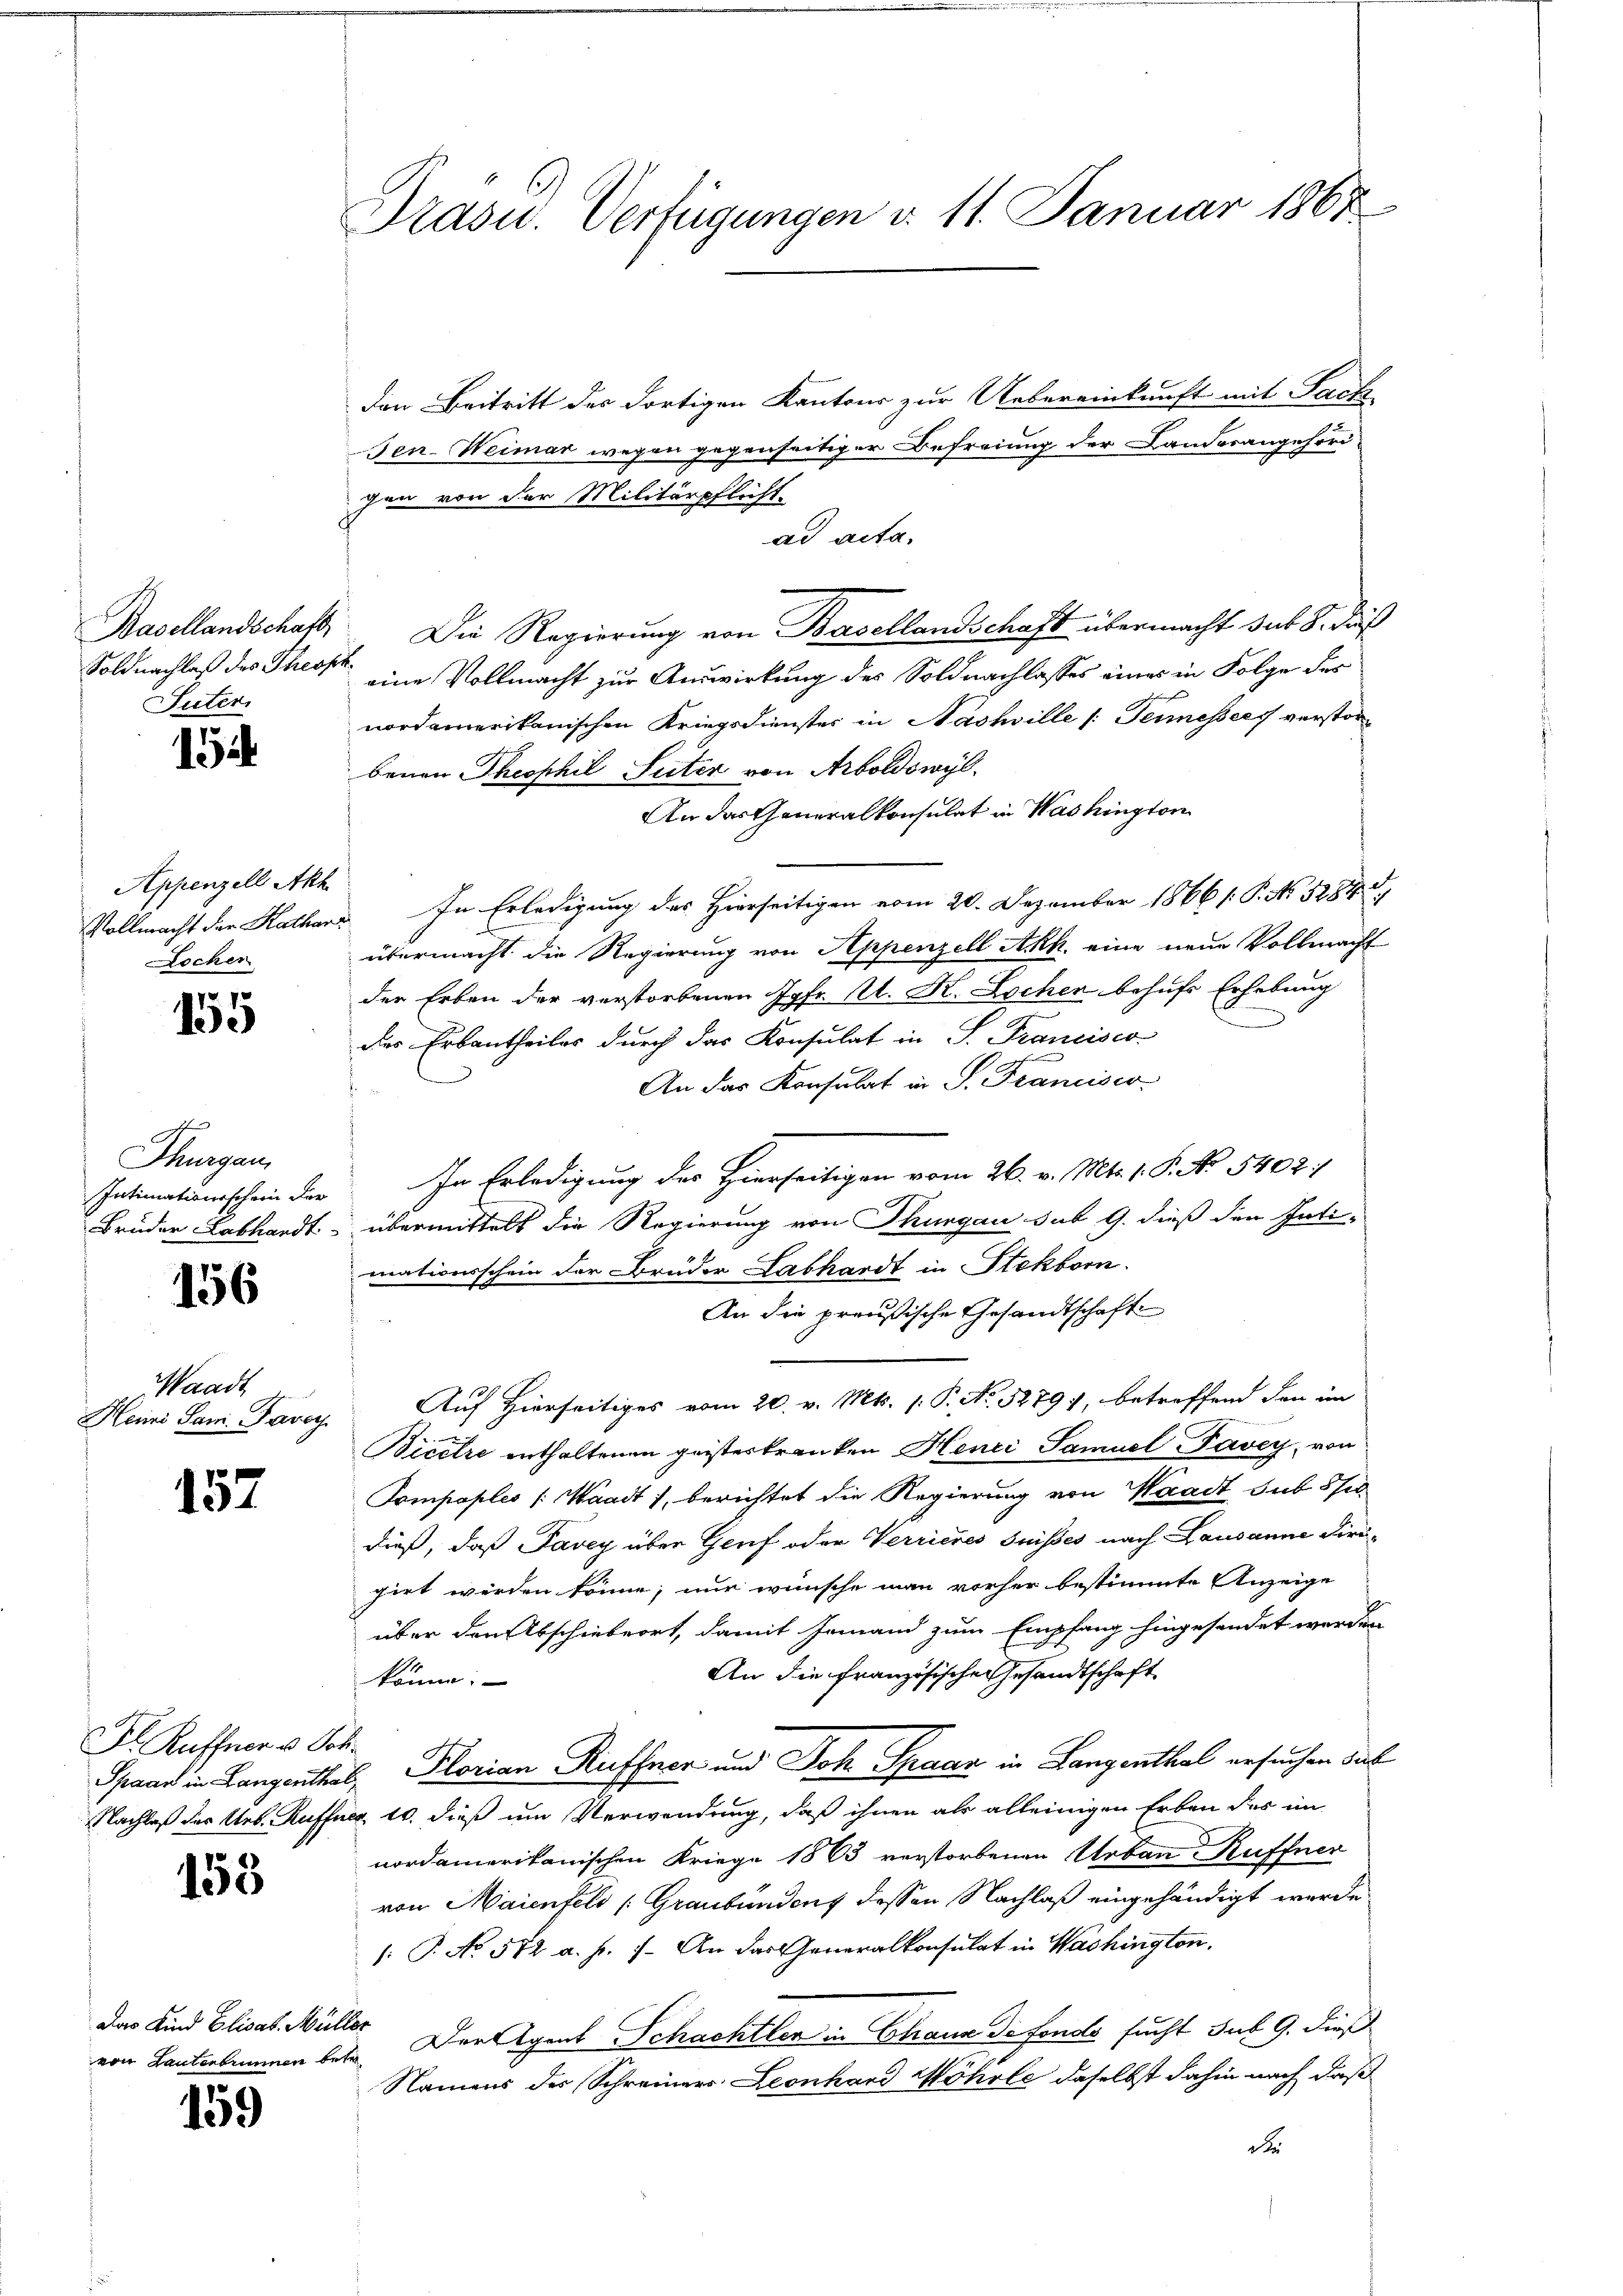
Suter

15

Appenzell Akh
Locher

155

Thurgau

156

Waadt
Heure Sam. Paroch

157

Fr. Kuffner v. Joh.

158

Das Kind Elisab. Müller

159

Präsid.. Verfügungen d. 11. Januar 1867

den Beitritt des dortigen Kantons zur Uebereinkunft mit Sach
Sen-Weimar wegen gegenseitiger Befreiung der Landorangehörd-
gen von der Militärpflicht.
ad acta.
Basellandschaft. Die Regierung von Basellandschaft übermacht sub 8. dieß
Soldnachlaß des Theil eine Vollmacht zur Auswirkung des Soldnachlasses eines in Folge des
nordamerikanischen Kriegsdienster in Nachwille (Teimessers verstorbenen Theophil Seiter von Arboldswyl
An das Generalkonsulat in Washington
Vollmacht der Kathard In Erledigung des Hierseitigen vom 20. Dezember 1866 /: P. Nr. 5284
übermacht die Regierung von Appenzell Akk. eine neue Vollmacht
der Erben der verstorbenen Jgfr. Al. K. Lochen behufs Erhebung
des Erbantheiles durch das Konsulat in S. Francisco
An das Konsulat in S. Francisco
Intimationsschen der In Erledigung des Hierseitigen vom 26. v. Mts. 1. P. No. 5402.
Bruder Labhandt übermittelt die Regierung von Thurgau sub 9. dieß den Inti-
mationsschein der Brüder Labhardt in Stekborn.
An die preußische Gesandtschaft
Auf Hierseitiges vom 20. v. Mts. (: P. No. 5279), betreffend den in
2.
Bicere enthaltenen geisterkranken Henci Samuel Pavey, von
Compaples [Waadt 1, berichtet die Regierung von Waadt sub 5te
dieß, daß Pavey über Genf oder Verrieres Suisses nach Lausanne dirogirt werden könne, nur wünsche man vorher bestimmte Anzeige
über den Abschiebeort, damit jemand zum Empfang hingesendet werden
An die französische Gesandtschaft
könne.
Spaar in Langenthal, Plorian Ruffner und Joh. Spaar in Langenthal ersuchen das
Nachlaß des Urb. Ruffner, 10. dieß um Verwendung, daß ihnen als alleinigen Erben der im
nordamerikanischen Kriege 1863 verstorbenen Urban Ruffner
von Maienfeld (Graubünden dessen Nachlaß eingehändigt werde.
[: P. No 512 a. p. 1. An das Generalkonsulat in Washington.
von Bauterkommen betr. Der Eigent Schachtler in Thann de fondo sucht sub 9. dieß
Namens des Schreiners Leonhard Möhrle daselbst dahin nach daß
S